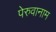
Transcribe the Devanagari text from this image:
पेरुवानाम